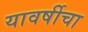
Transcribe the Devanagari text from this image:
यावर्षीचा